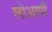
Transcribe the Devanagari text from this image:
लोआर्गी